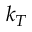
k _ { T }